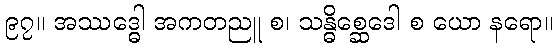
၉၇။ အဿဒ္ဓေါ အကတညူ စ၊ သန္ဓိစ္ဆေဒေါ စ ယော နရော။